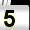
Digit: 5